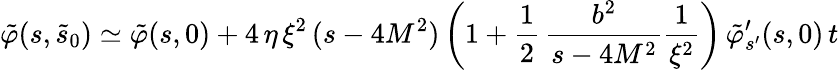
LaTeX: \tilde{\varphi}(s,\tilde{s}_{0})\simeq\tilde{\varphi}(s,0)+4\, \eta\, \xi^{2}\, (s-4M^{2})\left(1+\frac{1}{2}\, \frac{b^{2}}{s-4M^{2}}\frac{1}{\xi^{2}}\right)\, \tilde{\varphi}_{s^{\prime}}^{\prime}(s,0)\, t